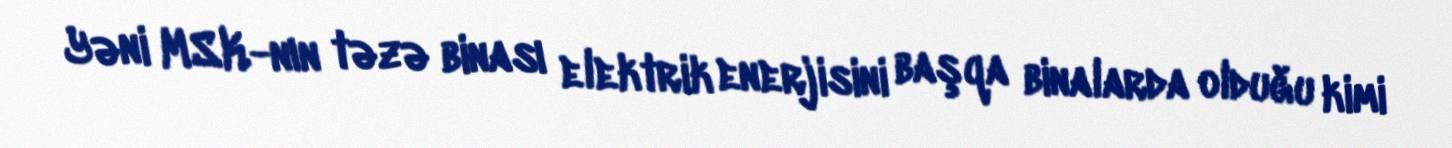
Yəni MSK-nın təzə binası elektrik enerjisini başqa binalarda olduğu kimi